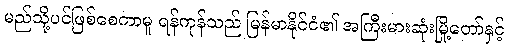
မည်သို့ပင်ဖြစ်စေကာမူ ရန်ကုန်သည် မြန်မာနိုင်ငံ၏ အကြီးမားဆုံးမြို့တော်နှင့်